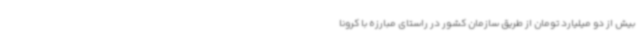
بیش از دو میلیارد تومان از طریق سازمان کشور در راستای مبارزه با کرونا